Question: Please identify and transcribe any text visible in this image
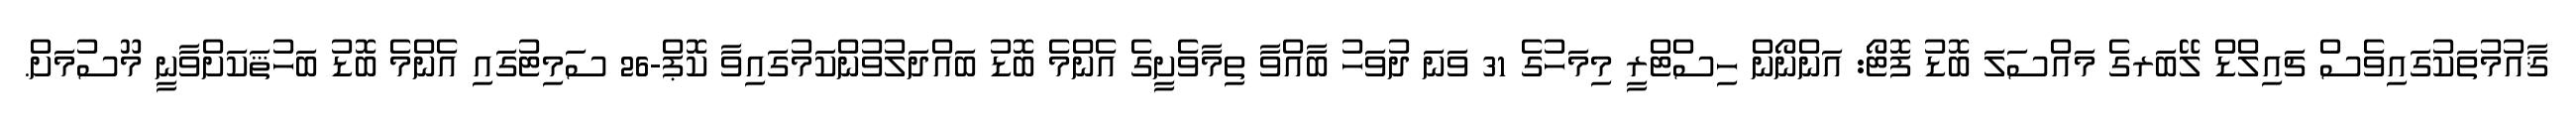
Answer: ޤާއުމުތަކުގައިވެސް ޗައިލްޑް ލޭބަރގެ މައްސަލަ ބޮޑު ފޮޓޯ: އަންނޯން ހިސްޓްރީ މިމަހުގެ 31 ވަނަ ދުވަހު ބާއްވާ ތިމާވެށީގެ އެންމެ ބޮޑު ބައްދަލުވުންކަމުގައިވާ ކޮޕް-26 ސަމިޓުގައި އެންމެ ބޮޑު ބަހުޘަކަށްވާނީ މޫސުމަށް.